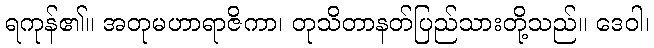
ရကုန်၏။ အတုမဟာရာဇိကာ၊ တုသိတာနတ်ပြည်သားတို့သည်။ ဒေဝါ၊